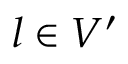
l \in V ^ { \prime }